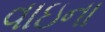
વાઇના